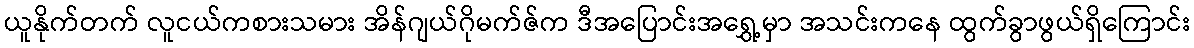
ယူနိုက်တက် လူငယ်ကစားသမား အိန်ဂျယ်ဂိုမက်ဇ်က ဒီအပြောင်းအရွှေ့မှာ အသင်းကနေ ထွက်ခွာဖွယ်ရှိကြောင်း